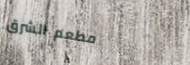
مطعم الشرق